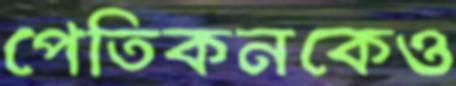
পেতিকনকেও